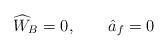
LaTeX: \begin{align*}\widehat{W}_{B}=0, \qquad \hat{a}_{f}=0\end{align*}